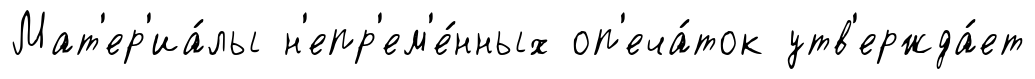
Мат'ер'иа́лы н'епр'ем'е́нных оп'еча́ток утв'ержда́ет